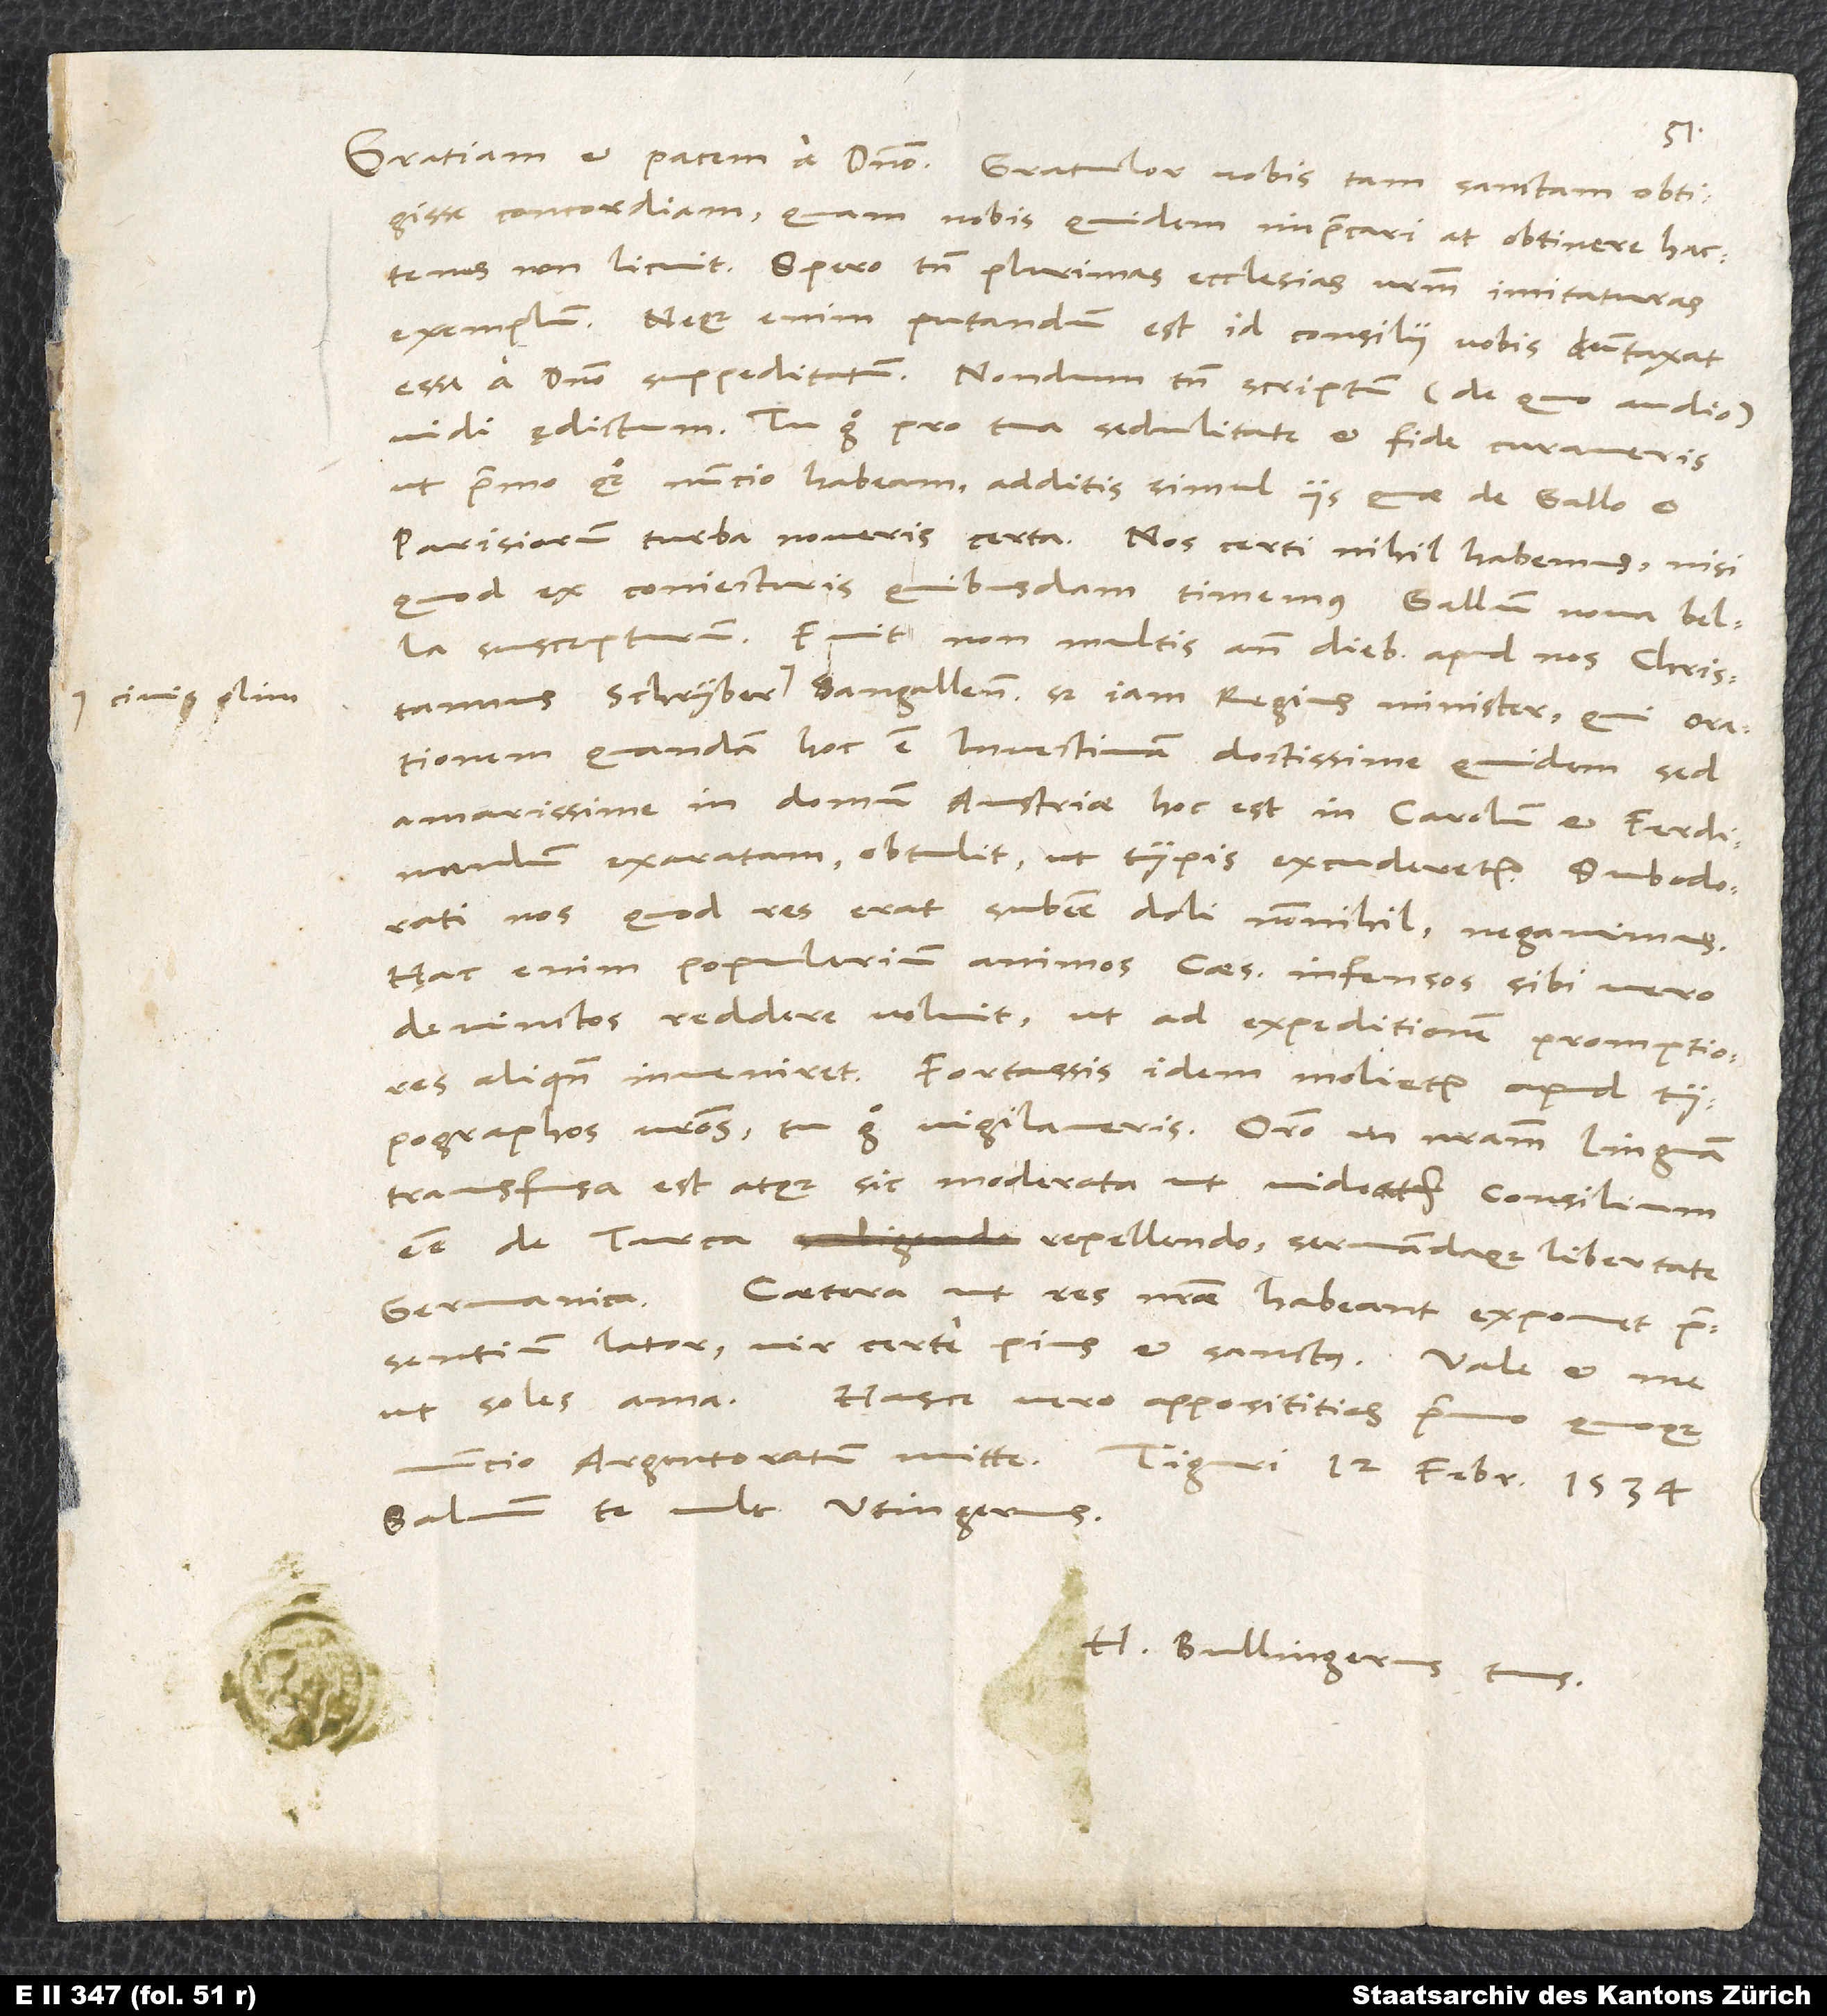
civis olim

d.

concordiam, quam nobis quidem imprecari, at obtinere hactenus
non licuit. Spero tamen plurimas ecclesias vestrum imitaturas
exemplum. Neque enim putandum est id consilii vobis dumtaxat
esse a domino suppeditatum. Nondum tamen scriptum, de quo audio,
vidi ędictum. Tu ergo pro tua sedulitate et fide curaveris,
ut primo quoque nuncio habeam additis simul iis, quae de Gallo et
quod ex coniecturis quibusdam timemus Gallum nova bella
suscepturum. Fuit non multis ante diebus apud nos Christannus
Sangallensis, sed iam regius minister, qui orationem
quandam, hoc est invectivam doctissime quidem, sed
amarissime in domum Austriae, hoc est in Carolum et Ferdinandum
exaratam obtulit, ut typis excuderetur. Subodorati
nos, quod res erat, subesse doli nonnihil negavimus.
Hac enim popularium animos Caesari infensos, sibi vero
devinctos reddere voluit, ut ad expeditionem promptiores
aliquando inveniret. Fortassis idem molietur apud
typographos vestros. Tu ergo vigilaveris. Oratio in nostram linguam
transfusa est atque sic moderata, ut videatur consilium
esse de Turca repellendo servandaque libertate
ut soles, ama. Hasce vero apposititias primo quoque
Salvum te vult Utingerus.
H. Bullingerus tuus.